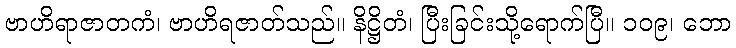
ဗာဟိရာဇာတကံ၊ ဗာဟိရဇာတ်သည်။ နိဋ္ဌိတံ၊ ပြီးခြင်းသို့ရောက်ပြီ။ ၁၀၉၊ ဘော